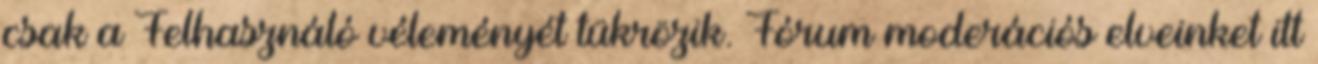
csak a Felhasználó véleményét tükrözik. Fórum moderációs elveinket itt